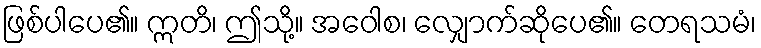
ဖြစ်ပါပေ၏။ ဣတိ၊ ဤသို့။ အဝေါစ၊ လျှောက်ဆိုပေ၏။ တေရသမံ၊